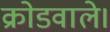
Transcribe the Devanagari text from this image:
क्रोडवाले।